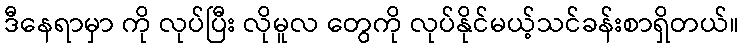
ဒီနေရာမှာ ကို လုပ်ပြီး လိုမူလ တွေကို လုပ်နိုင်မယ့်သင်ခန်းစာရှိတယ်။